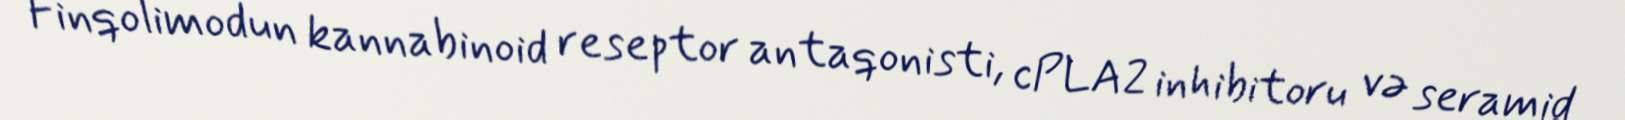
Finqolimodun kannabinoid reseptor antaqonisti, cPLA2 inhibitoru və seramid